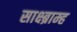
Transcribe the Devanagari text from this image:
साक्ष्ब्राम्ह